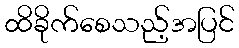
ထိခိုက်စေသည့်အပြင်